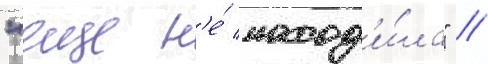
"еще н'е́ наход'и́ла" //